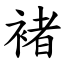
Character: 褚